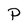
Character: P